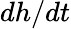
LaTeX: dh/dt